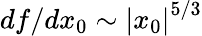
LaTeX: df/dx_{0}\sim\left|x_{0}\right|^{5/3}